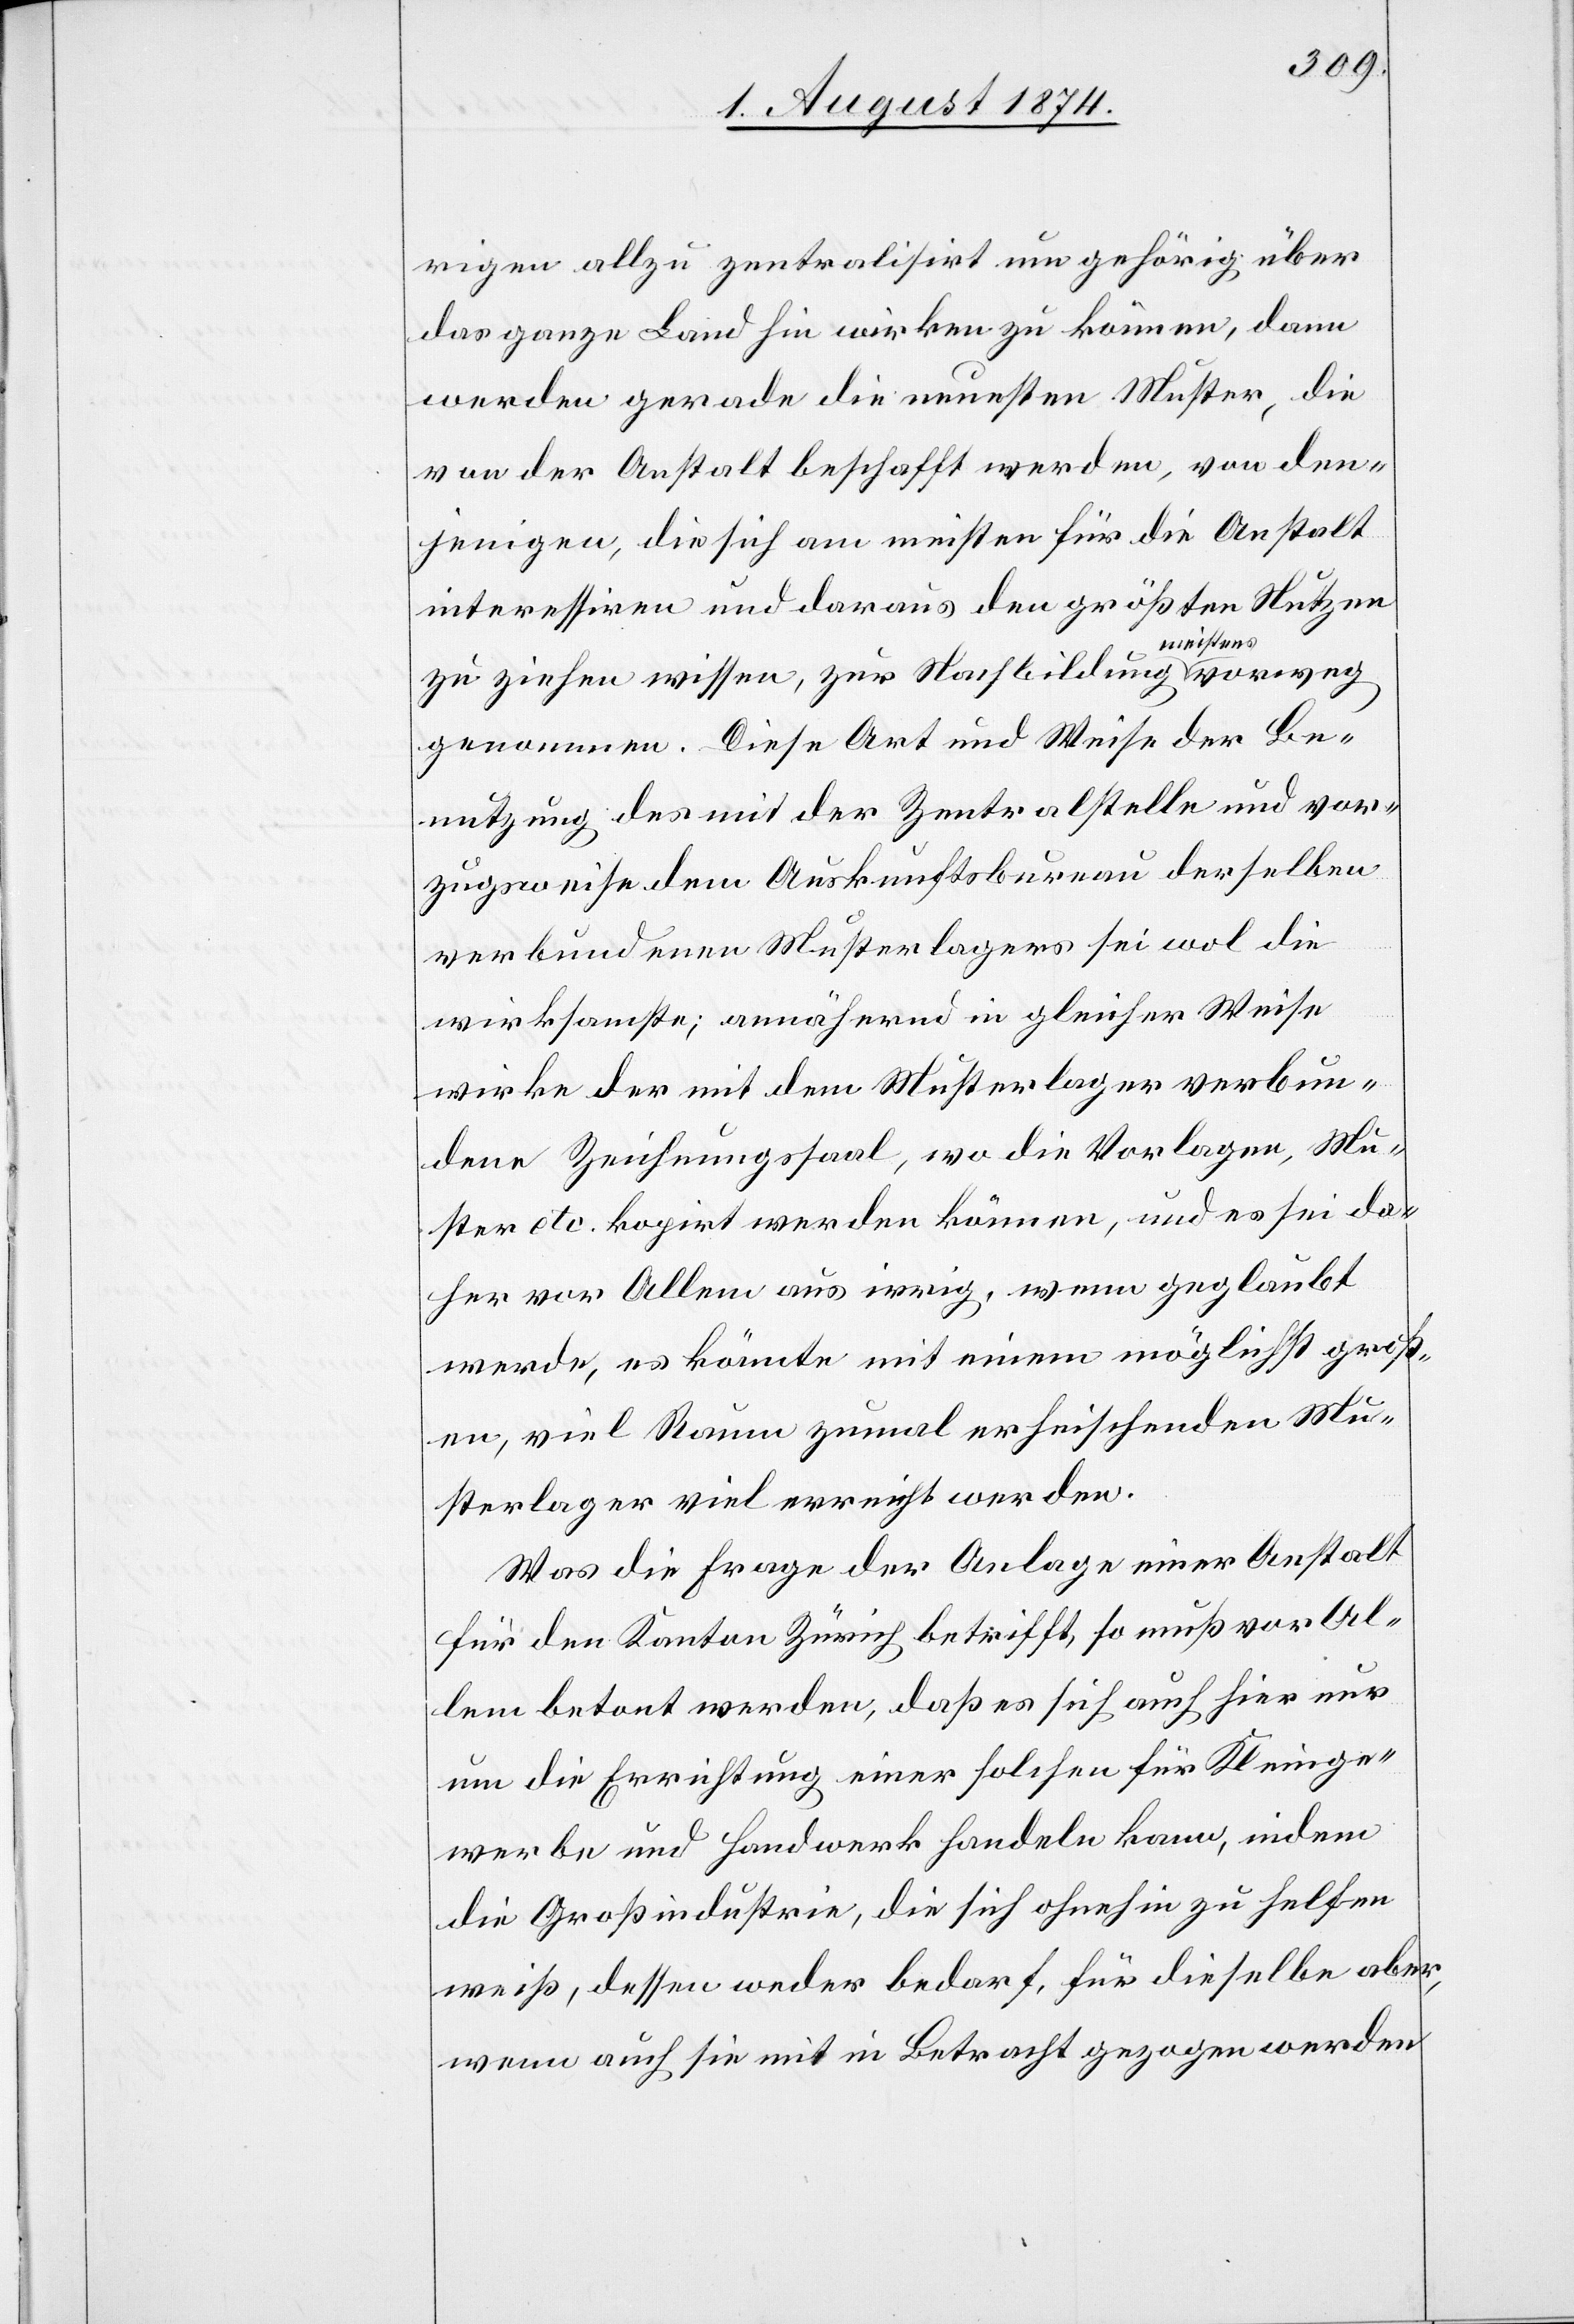
rigen allzu zentralisirt um gehörig über
das ganze Land hin wirken zu können, dann
werden gerade die neuesten Muster, die
von der Anstalt beschafft werden, von den¬
jenigen, die sich am meisten für die Anstalt
interessiren und daraus den größten Nutzen
zu ziehen wissen, zur Nachbildung meistens vorweg¬
genommen. Diese Art und Weise der Be¬
nutzung des mit der Zentralstelle und vor¬
zugsweise dem Auskunftsbureau derselben
verbundenen Musterlagers sei wol die
wirksamste; annähernd in gleicher Weise
wirke der mit dem Musterlager verbun¬
dene Zeichnungssaal, wo die Vorlagen, Mu¬
ster etc. kopirt werden können, und es sei da¬
her vor Allem aus irrig, wenn geglaubt
werde, es könnte mit einem möglichst groß¬
en, viel Raum zumal erheischenden Mu¬
sterlager viel erreicht werden.
Was die Frage der Anlage einer Anstalt
für den Kanton Zürich betrifft, so muß vor Al¬
lem betont werden, daß es sich auch hier nur
um die Errichtung einer solchen für Kleinge¬
werbe und Handwerk handeln kann, indem
die Großindustrie, die sich ohnehin zu helfen
weiß, dessen weder bedarf, für dieselbe aber,
wenn auch sei mit in Betracht gezogen werden